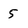
Character: 5